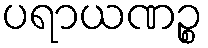
ပရာယဏဉ္စ